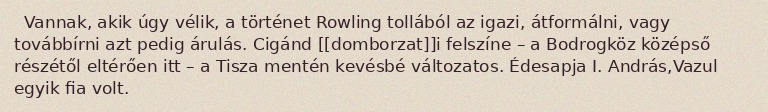
Vannak, akik úgy vélik, a történet Rowling tollából az igazi, átformálni, vagy továbbírni azt pedig árulás. Cigánd [[domborzat]]i felszíne – a Bodrogköz középső részétől eltérően itt – a Tisza mentén kevésbé változatos. Édesapja I. András,Vazul egyik fia volt.